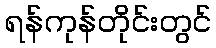
ရန်ကုန်တိုင်းတွင်